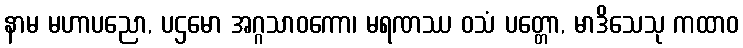
နာမ မဟာပညော, ပဌမော အဂ္ဂသာဝကော၊ မရဏဿ ဝသံ ပတ္တော, မာဒိသေသု ကထာဝ